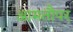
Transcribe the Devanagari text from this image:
आमतौपर